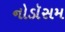
નોડૉસમ